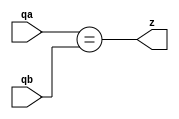
module equ (qa, qb, z);
    input [31:0] qa, qb;
    output z;

    assign z = (qa == qb);


endmodule